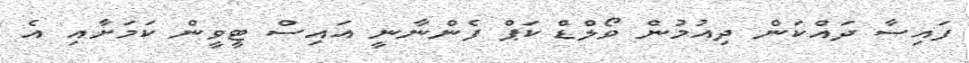
ފައިސާ ދައްކަން ދިއުމުން ވޯލްޑް ކަޕް ފެންނާނީ އައިސް ޓީވީން ކަމަށާއި އެ